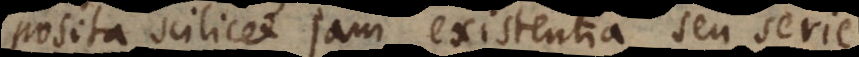
posita scilicet jam existentia seu serie